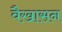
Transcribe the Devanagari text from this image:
वैखासन